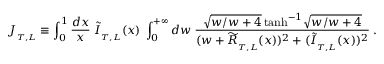
J _ { _ { T , L } } \equiv \int _ { 0 } ^ { 1 } { \frac { d x } { x } } \; \widetilde { I } _ { _ { T , L } } ( x ) \; \int _ { 0 } ^ { + \infty } d w \; { \frac { \sqrt { w / { w + 4 } } \, \mathrm { t a n h } ^ { - 1 } \sqrt { w / { w + 4 } } } { ( w + \widetilde { R } _ { _ { T , L } } ( x ) ) ^ { 2 } + ( \widetilde { I } _ { _ { T , L } } ( x ) ) ^ { 2 } } } \; .